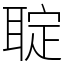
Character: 聢